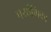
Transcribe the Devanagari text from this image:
पर्याणिका